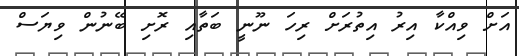
އަށް ވިއްކާ އިރު އިތުރަށް ރިހަ ނޫނީ ބަތާއި ރޮށި ބޭނުން ވިޔަސް